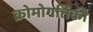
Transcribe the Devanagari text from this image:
क्रोमोगतिकी